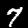
Label: 7